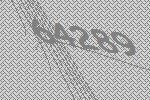
64289